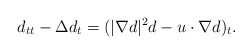
\begin{align*}d_{tt}-\Delta d_t=(|\nabla d|^2 d-u \cdot \nabla d)_t.\end{align*}